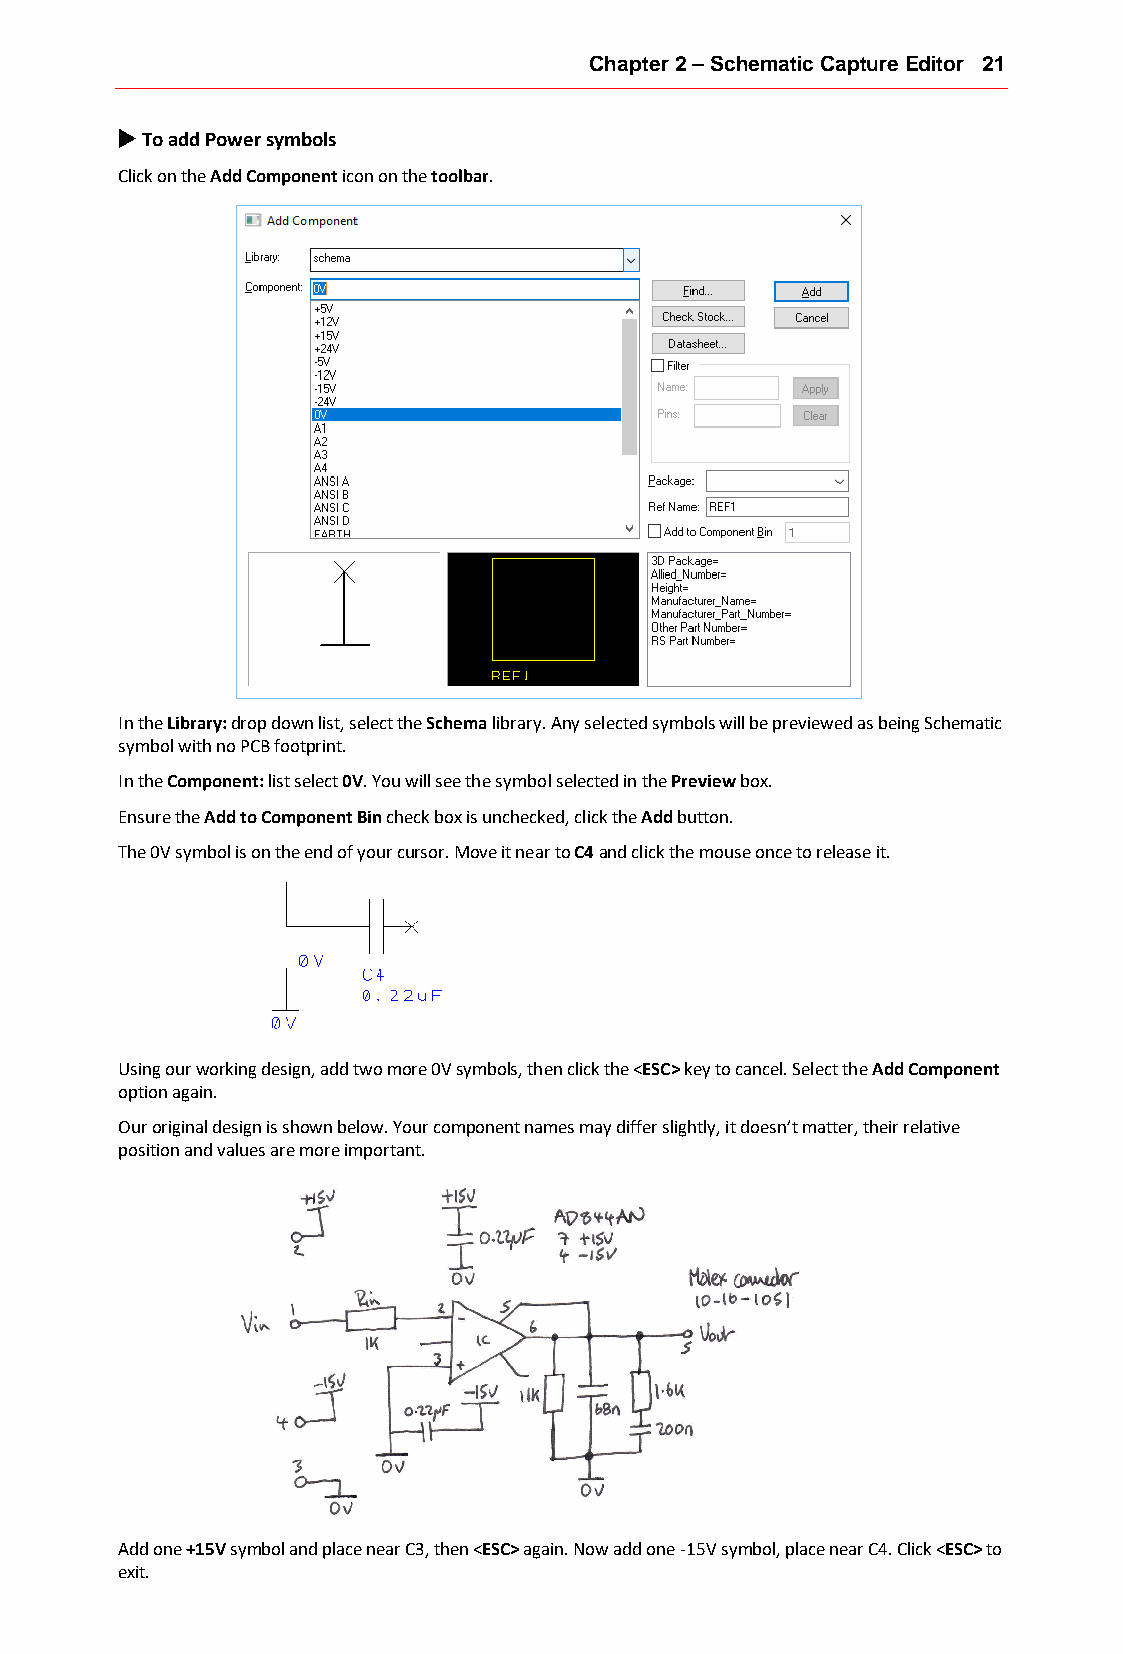
Chapter 2 – Schematic Capture Editor 21
 u To add Power symbols
 Click on the Add Component icon on the toolbar.
 In the Library: drop down list, select the Schema library. Any selected symbols will be previewed as being Schematic
 symbol with no PCB footprint.
 In the Component: list select 0V. You will see the symbol selected in the Preview box.
 Ensure the Add to Component Bin check box is unchecked, click the Add button.
 The 0V symbol is on the end of your cursor. Move it near to C4 and click the mouse once to release it.
 Using our working design, add two more 0V symbols, then click the <ESC> key to cancel. Select the Add Component
 option again.
 Our original design is shown below. Your component names may differ slightly, it doesn’t matter, their relative
 position and values are more important.
 Add one +15V symbol and place near C3, then <ESC> again. Now add one -15V symbol, place near C4. Click <ESC> to
 exit.